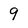
Character: 9